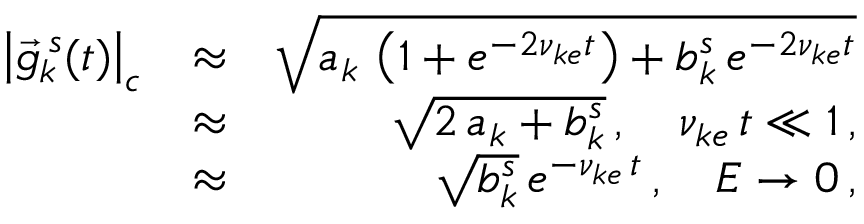
\begin{array} { r l r } { \left| \vec { g } _ { k } ^ { \, s } ( t ) \right| _ { c } } & { \approx } & { \sqrt { a _ { k } \, \left( 1 + e ^ { - 2 \nu _ { k e } t } \right) + b _ { k } ^ { s } \, e ^ { - 2 \nu _ { k e } t } } } \\ & { \approx } & { \sqrt { 2 \, a _ { k } + b _ { k } ^ { s } } \, , \quad \nu _ { k e } \, t \ll 1 \, , } \\ & { \approx } & { \sqrt { b _ { k } ^ { s } } \, e ^ { - \nu _ { k e } \, t } \, , \quad E \rightarrow 0 \, , } \end{array}